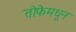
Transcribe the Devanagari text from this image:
तोफेमधून